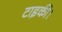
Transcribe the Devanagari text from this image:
टाइकी।